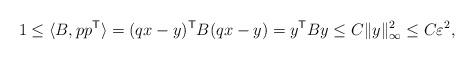
LaTeX: \begin{align*}1 \leq \langle B, pp^{\sf T} \rangle = (qx - y)^{\sf T} B (qx - y) = y^{\sf T} B y \leq C \|y\|_{\infty}^2 \leq C \varepsilon^{2},\end{align*}